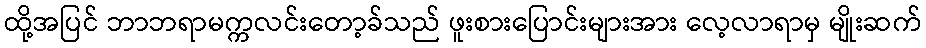
ထို့အပြင် ဘာဘရာမက္ကလင်းတော့ခ်သည် ဖူးစားပြောင်းများအား လေ့လာရာမှ မျိုးဆက်